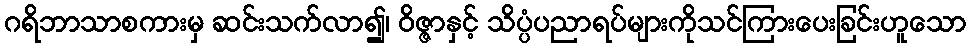
ဂရိဘာသာစကားမှ ဆင်းသက်လာ၍၊ ဝိဇ္ဇာနှင့် သိပ္ပံပညာရပ်များကိုသင်ကြားပေးခြင်းဟူသော